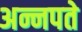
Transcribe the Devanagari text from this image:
अन्नपते